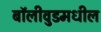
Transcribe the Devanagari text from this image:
बॉलीवुडमधील